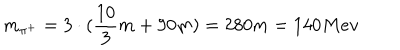
LaTeX: m _ { \pi ^ { + } } = 3 \cdot ( \frac { 1 0 } { 3 } m + 9 0 m ) = 2 8 0 m = 1 4 0 M e v